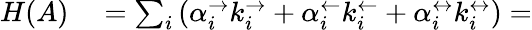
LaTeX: \begin{array}{rl}{H(A)}&{{}=\sum_{i}\left(\alpha_{i}^{\rightarrow}k_{i}^{\rightarrow}+\alpha_{i}^{\leftarrow}k_{i}^{\leftarrow}+\alpha_{i}^{\leftrightarrow}k_{i}^{\leftrightarrow}\right)=}\end{array}